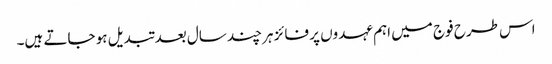
اس طرح فوج میں اہم عہدوں پر فائز ہر چند سال بعد تبدیل ہو جاتے ہیں۔